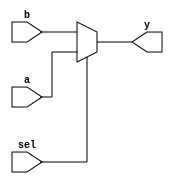
module combinational_logic (
    input wire [3:0] a,    // 4-bit input a
    input wire [3:0] b,    // 4-bit input b
    input wire sel,        // 1-bit select signal
    output reg [3:0] y     // 4-bit output y
);

// Combinational logic block
always @(*) begin
    if (sel) begin
        y = a;             // If sel is high, output a
    end else begin
        y = b;             // If sel is low, output b
    end
end

endmodule